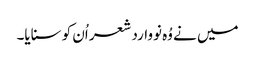
میں نے وُہ نووارد شعر اُن کو سنایا۔